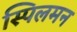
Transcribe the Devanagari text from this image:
स्पिलमन